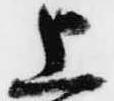
上